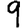
Digit: 9